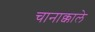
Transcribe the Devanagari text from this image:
चानाक्काले